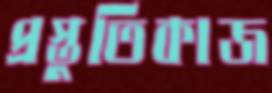
প্রস্তুতিকাজ